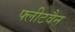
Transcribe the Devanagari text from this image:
फ्लीटवैन